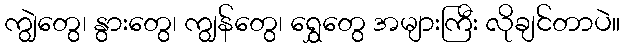
ကျွဲတွေ၊ နွားတွေ၊ ကျွန်တွေ၊ ရွှေတွေ အများကြီး လိုချင်တာပဲ။